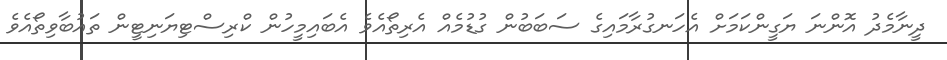
ދީނާމެދު އޮންނަ ޔަގީންކަމަށް އެހަނގުރާމައިގެ ސަބަބުން ގުޑުމެއް އެރިތޯއެވެ އެބައިމީހުން ކްރިސްޓިޔަނިޓީން ތައުބާވިތޯއެވެ